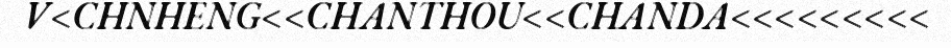
V<CHNHENG<<CHANTHOU<<CHANDA<<<<<<<<<